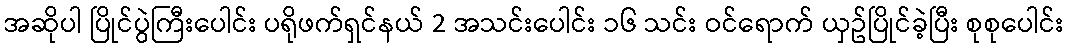
အဆိုပါ ပြိုင်ပွဲကြီးပေါင်း ပရိုဖက်ရှင်နယ် 2 အသင်းပေါင်း ၁၆ သင်း ဝင်ရောက် ယှဥ်ပြိုင်ခဲ့ပြီး စုစုပေါင်း